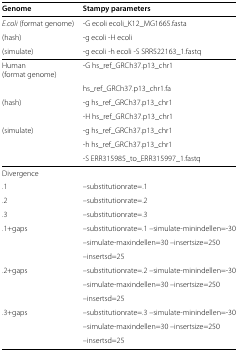
| Genome | Stampy parameters |
 | --- | --- |
 | E.coli (format genome) | -G ecoli ecoli_K12_MG1665.fasta |
 | (hash) | -g ecoli -H ecoli |
 | (simulate) | -g ecoli -h ecoli -S SRR522163_1.fastq |
 | Human (format genome) | -G hs_ref_GRCh37.p13_chr1 |
 |  | hs_ref_GRCh37.p13_chr1.fa |
 | (hash) | -g hs_ref_GRCh37.p13_chr1 |
 |  | -H hs_ref_GRCh37.p13_chr1 |
 | (simulate) | -g hs_ref_GRCh37.p13_chr1 |
 |  | -h hs_ref_GRCh37.p13_chr1 |
 |  | -S ERR315985_to_ERR315997_1.fastq |
 | Divergence |  |
 | .1 | –substitutionrate=.1 |
 | .2 | –substitutionrate=.2 |
 | .3 | –substitutionrate=.3 |
 | .1+gaps | –substitutionrate=.1 –simulate-minindellen=-30 |
 |  | –simulate-maxindellen=30 –insertsize=250 |
 |  | –insertsd=25 |
 | .2+gaps | –substitutionrate=.2 –simulate-minindellen=-30 |
 |  | –simulate-maxindellen=30 –insertsize=250 |
 |  | –insertsd=25 |
 | .3+gaps | –substitutionrate=.3 –simulate-minindellen=-30 |
 |  | –simulate-maxindellen=30 –insertsize=250 |
 |  | –insertsd=25 |